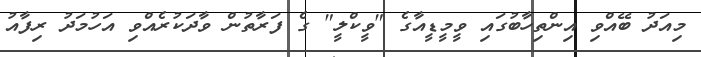
މިއަދު ބޭއްވި އިންތިހާބުގައި ވީމީޑީއާގެ "ވީކްލީ" ގެ ފަރާތުން ވާދަކުރެއްވި އަހުމަދު ރިފާއު